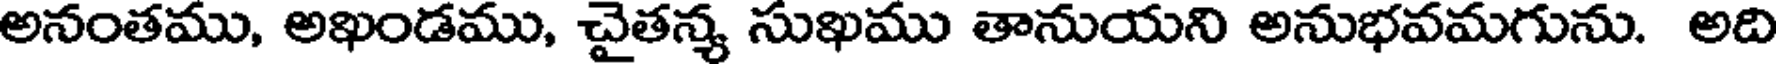
అనంతము, అఖండము, చైతన్య సుఖము తానుయని అనుభవమగును. అది